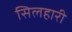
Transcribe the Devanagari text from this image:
सिलहारी